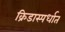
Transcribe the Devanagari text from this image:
क्रिडास्पर्धात